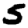
Digit: 5